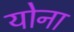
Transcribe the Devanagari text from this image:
योना